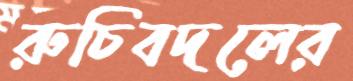
রুচিবদলের